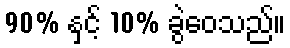
90% နှင့် 10% ခွဲဝေသည်။